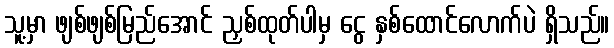
သူ့မှာ ဖျစ်ဖျစ်မြည်အောင် ညှစ်ထုတ်ပါမှ ငွေ နှစ်ထောင်လောက်ပဲ ရှိသည်။